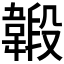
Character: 𩏇